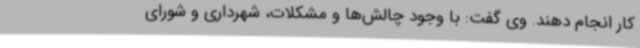
کار انجام دهند. وی گفت: با وجود چالش‌ها و مشکلات، شهرداری و شورای